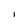
Character: l